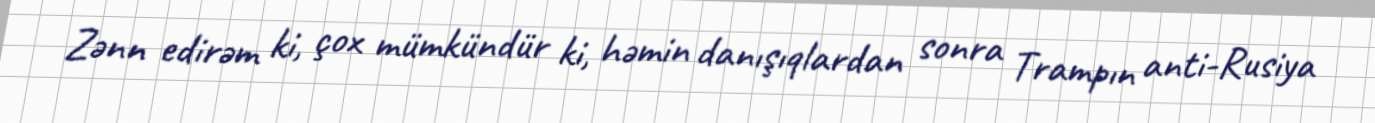
Zənn edirəm ki, çox mümkündür ki, həmin danışıqlardan sonra Trampın anti-Rusiya